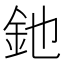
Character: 釶